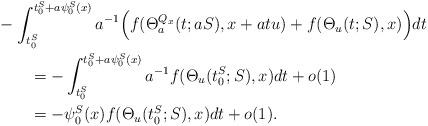
LaTeX: \begin{align*}\MoveEqLeft -\int_{t_0^S}^{t_0^S+a\psi_0^S(x)}a^{-1} \Big( f (\Theta_a^{Q_x} (t;aS),x+atu) + f (\Theta_u (t;S),x)\Big) dt \\&= -\int_{t_0^S}^{t_0^S+a\psi_0^S(x)} a^{-1} f (\Theta_u (t_0^S;S),x) dt +o(1)\\&= -\psi_0^S(x) f (\Theta_u (t_0^S;S),x) dt +o(1).\end{align*}